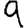
Digit: 9